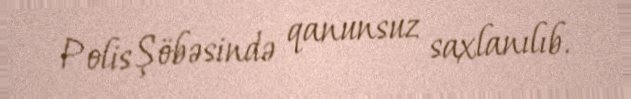
Polis Şöbəsində qanunsuz saxlanılıb.